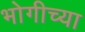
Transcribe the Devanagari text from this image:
भोगीच्या